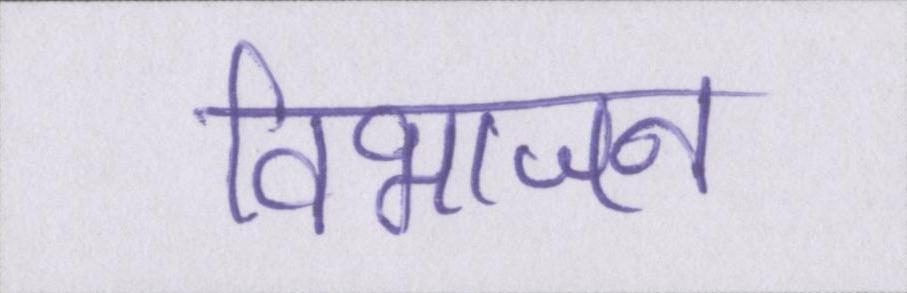
विभाजन